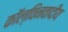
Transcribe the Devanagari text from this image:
कॉल्विनवादीय